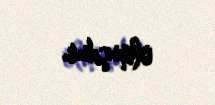
olmuşdur.